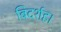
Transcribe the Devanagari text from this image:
बिदर्शह।